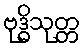
ဗုဒ္ဓိသုတ္တ